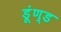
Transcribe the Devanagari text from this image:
डूंण्ड